Indian journal of veterinary science and animal husbandry - Volume 1,
Year: 1931
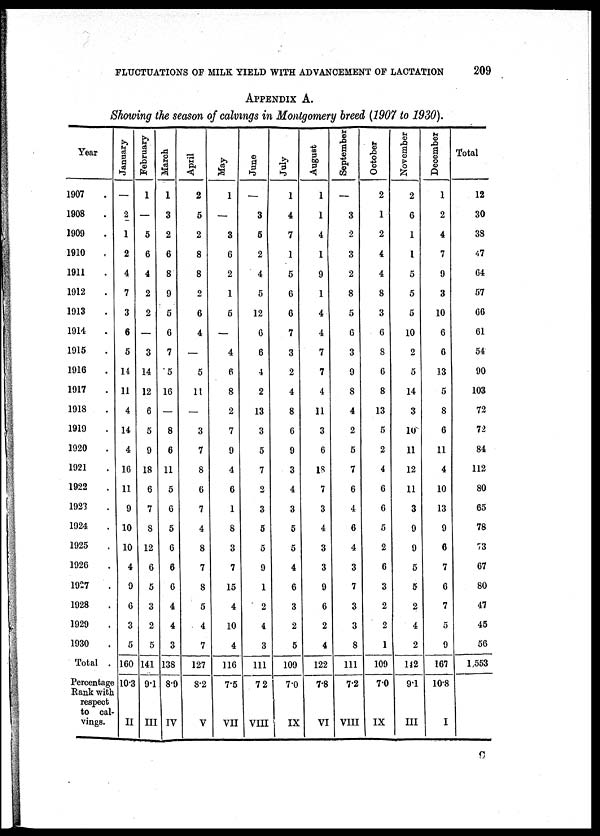
FLUCTUATIONS OF MILK YIELD WITH ADVANCEMENT OF LACTATION
209
APPENDIX A.
Showing the season of calvings in Montgomery breed (1907 to 1930).
Year
1907
1908
1909
1910
1911
1912
1913
1914
1915
1916
1917
1918
1919
1920
1921
1922
1923
1924
1925
1926
1927
1928
1929
1930
Total
Percentage
Rank with
respect
to cal¬
vings.
January
—
2
1
2
4
7
3
6
5
14
11
4
14
4
16
11
9
10
10
4
9
6
3
5
160
10.3
II
February
1
—
5
6
4
2
2
—
3
14
12
6
5
9
18
6
7
8
12
6
5
3
2
5
141
9.1
III
March
1
3
2
6
8
9
5
6
7
5
16
—
8
6
11
5
6
5
6
6
6
4
4
3
138
8.9
IV
April
2
5
2
8
8
2
6
4
-
5
11
—
3
7
8
6
7
4
8
7
8
5
4
7
127
8.2
V
May
1
—
3
6
2
1
5
—
4
6
8
2
7
9
4
6
1
8
3
7
15
4
10
4
116
7.5
VII
June
—
3
6
2
4
5
12
6
6
4
2
13
3
5
7
2
3
5
5
9
1
2
4
3
111
7.2
VIII
July
1
4
7
1
5
6
6
7
3
2
4
8
6
9
3
4
3
5
5
4
6
3
2
5
109
7.0
IX
August
1
1
4
1
9
1
4
4
7
7
4
11
3
6
18
7
3
4
3
3
9
6
2
4
122
7.8
VI
September
—
3
2
3
2
8
5
6
3
9
8
4
2
5
7
6
4
6
4
3
7
3
3
8
111
7.2
VIII
October
2
1
2
4
4
8
3
6
8
6
8
13
5
2
4
6
6
5
2
6
3
2
2
1
109
7.0
IX
November
2
6
1
1
5
5
5
10
2
5
14
3
10
11
12
11
3
9
9
5
5
2
4
2
142
9.1
III
December
1
2
4
7
9
3
10
6
6
13
5
8
6
11
4
10
13
9
6
7
6
7
5
9
167
10.8
I
Total
12
30
38
47
64
57
66
61
54
90
103
72
72
84
112
80
65
78
73
67
80
47
45
56
1,553
C